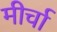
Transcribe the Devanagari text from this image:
मीर्चा